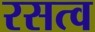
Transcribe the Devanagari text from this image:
रसत्व